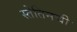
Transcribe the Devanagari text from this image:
स्तेतिनची